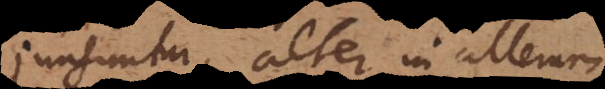
junguntur, alter in alterum